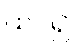
ထင်၍